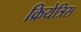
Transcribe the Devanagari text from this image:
क्रियेत्रिस